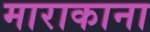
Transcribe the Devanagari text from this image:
माराकाना